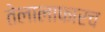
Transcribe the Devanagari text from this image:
तेलालाफारच